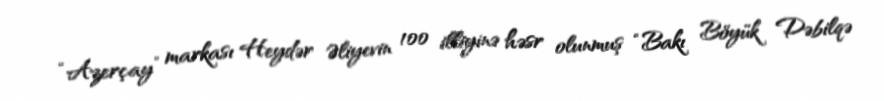
“Azerçay” markası Heydər Əliyevin 100 illiyinə həsr olunmuş “Bakı Böyük Dəbilqə